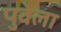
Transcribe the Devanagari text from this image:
पुवेला